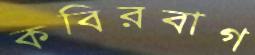
কবিরবাগ